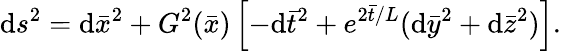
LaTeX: \mathrm{d}s^{2}=\mathrm{d}{\bar{{x}}}^{2}+G^{2}({\bar{{x}}})\left[-\mathrm{d}{\bar{{t}}}^{2}+e^{2{\bar{{t}}}/L}(\mathrm{d}{\bar{{y}}}^{2}+\mathrm{d}{\bar{{z}}}^{2})\right].